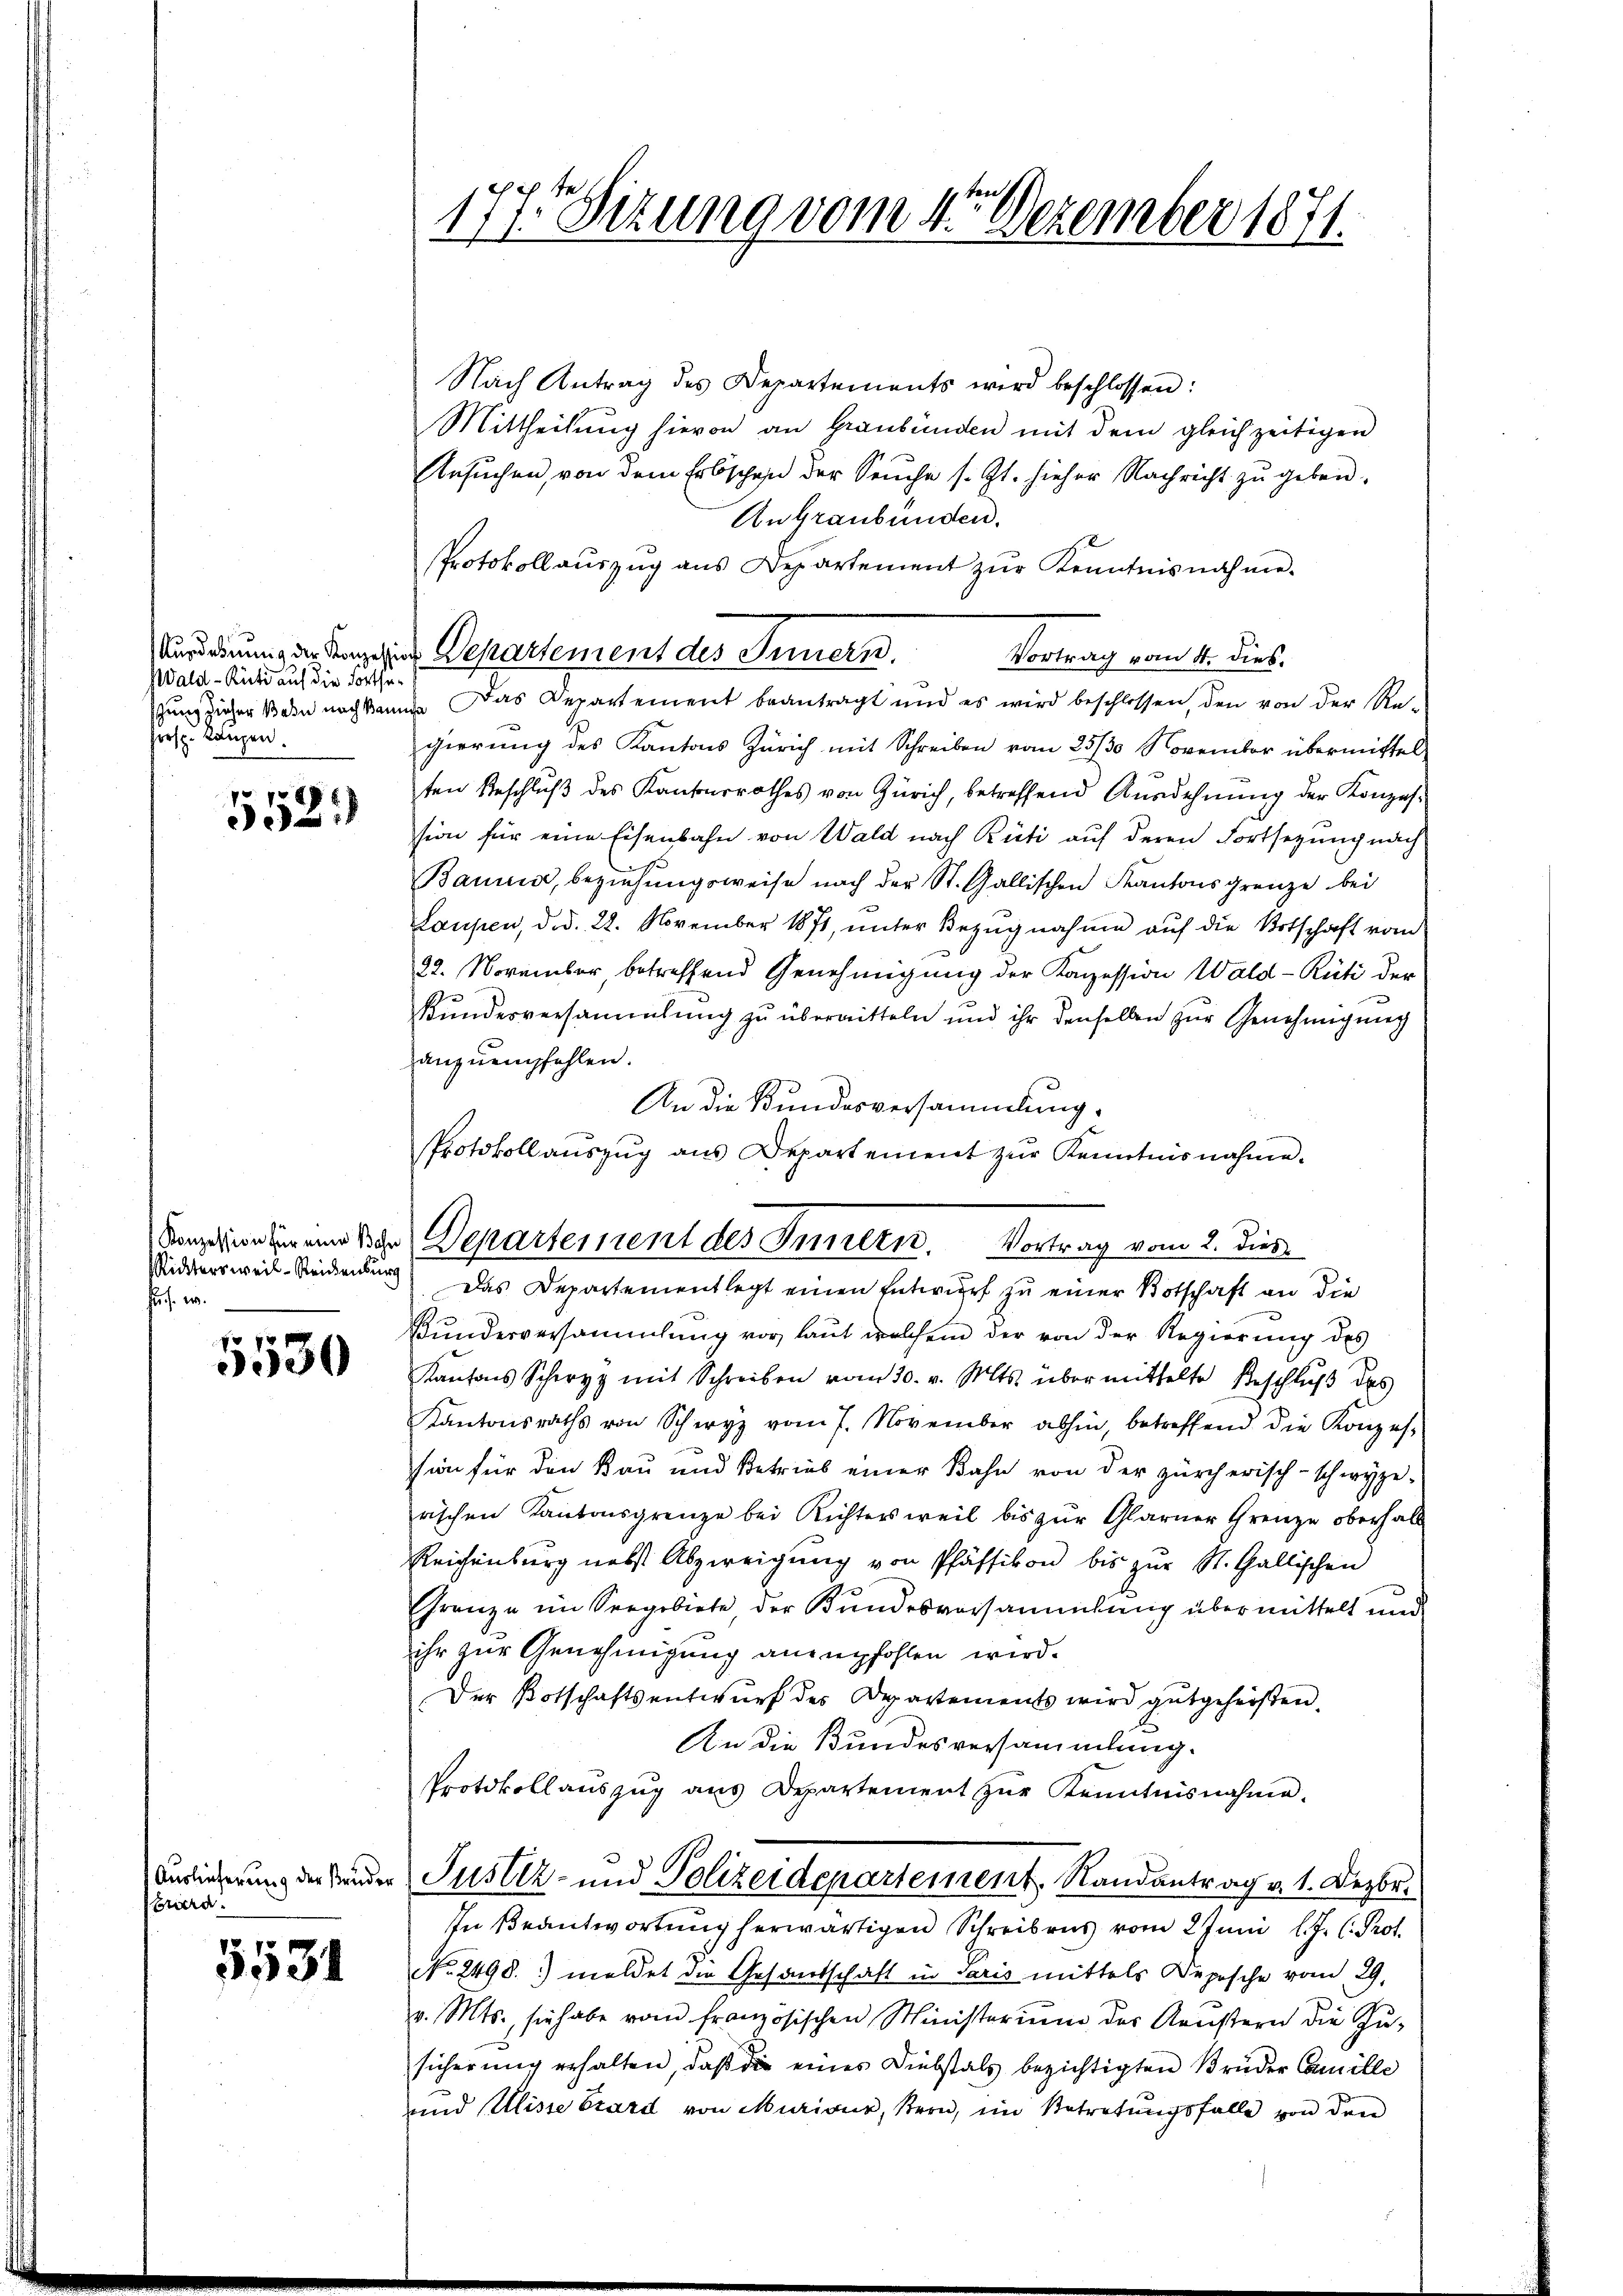
Wald–Rüti auf die Fortsekirsp. Laupen.

1885/
e).

Ricktersweil-Reichenburg
u. s. w.

5530

Auslieferung der Bruder
wuerd

5534

ben
177. Sitzung vom 4. Dezember 1871.

Benzinsen und der Departement des Innern. Vortrag vom 2. dies

Nach Antrag des Departements wird beschlossen:
Mittheilung hievon an Graubünden mit dem gleichzeitigen
Ansuchen, von dem Erbschen der Seuche s. Zt. hieher Nachricht zu geben,
An Graubünden.
Protokoll auszug aus Departement zur Kenntnisnahme.
Verordnung der Kanze in Departement des Innern.
Vortrag vom 4. dies.
sung zieher kein nach kann. Das Departement beantragt und es wird beschlossen, den von der Re-
gierung des Kantons Zürich mit Schreiben vom 25/30 November übermittel
ten Beschlŭβ des Kantonsrathes von Zürich, betreffend Ausdehnŭng der Konzes-
sion für eine Eisenbahn von Wald nach Rüti auf deren Fortsezung nach
Banus, beziehungsweise nach der St. Gallischen Kantonsgrenze bei
Laupen, d. d. 22. November 1871, ŭnter Bezŭgnahme aŭf die Botschaft vom
22. November, betreffend Genehmigung der Kapession Wald–Rüti der
f
Kundesversammlung zu übermitteln und ihr denselben zur Genehmigung
anzuempfehlen.
An die Bundesversammlung.
Protokollaŭszŭg ans Departement zŭr Kenntnisnahme.
Das Departementlegt einen Entwurf zu einer Botschaft an die
Kŭndesversammlung vor laŭt welchem der von der Regierŭng des
Kantons Schwyz mit Schreiben vom 30. v. Mts. übermittelte Beschlŭβ des
Kantonsraths von Schwyz vom 7. November abhin, betreffend die Konzes-
sion für den Bau und Betrieb einer Bahn von der zürcherisch-schwyze-
rischen Kantonsgrenze bei Richtersweil bis zur Glarner Grenze oberhalt
Reichenburg nebst Abzweigung von Pfäffikon bis zur St. Gallischen
Grenze im Seegebiete, der Bundesversammlung übermittelt und
ihr zur Genehmigung anempfohlen wird.
Der Botschaftsentwurf des Departements wird gutgeheißen.
An die Bundesversammlung.
Protokollaŭszŭg ans Departement zŭr Kenntnisnahme.
Justiz- und Polizeidepartement, Randantrag v. 1. Dezbr.
In Beantwortung herwärtigen Schreibens vom 2 Juni l. J. C. Prot.
No. 2498. 3) meldet die Gesandschaft in Paris mittels Depesche vom 29.
v. Mts. sie habe vom französischen Ministeriŭm der Aŭstern die Zŭ-
sicherung erhalten, daß die eines Diebstals bezichtigten Brüder Camille
und Ulisse Grard von Muriour, Bern, im Betretungsfalle von den